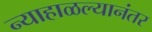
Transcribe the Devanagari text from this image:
न्याहाळल्यानंतर